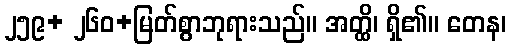
၂၅၉+ ၂၆၀+မြတ်စွာဘုရားသည်။ အတ္ထိ၊ ရှိ၏။ တေန၊